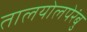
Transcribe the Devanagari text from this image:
तालयोलपेरंबु